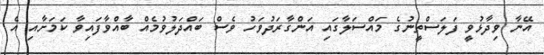
އޭނާ ވިދާޅުވީ ފަލަސްތީނުގެ މައްސަލާގައި އަންގާރަދުވަހު ވެސް ބައްދަލުވުމެއް ބާއްވާފައިވާ ކަމަށާއި އެ